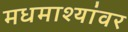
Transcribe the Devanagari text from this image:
मधमाश्यांवर